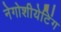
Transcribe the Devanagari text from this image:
नेगोशीयेटिंग